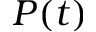
P ( t )